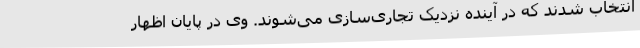
انتخاب شدند که در آینده نزدیک تجاری‌سازی می‌شوند. وی در پایان اظهار